Report of the Hyderabad Chloroform Commission
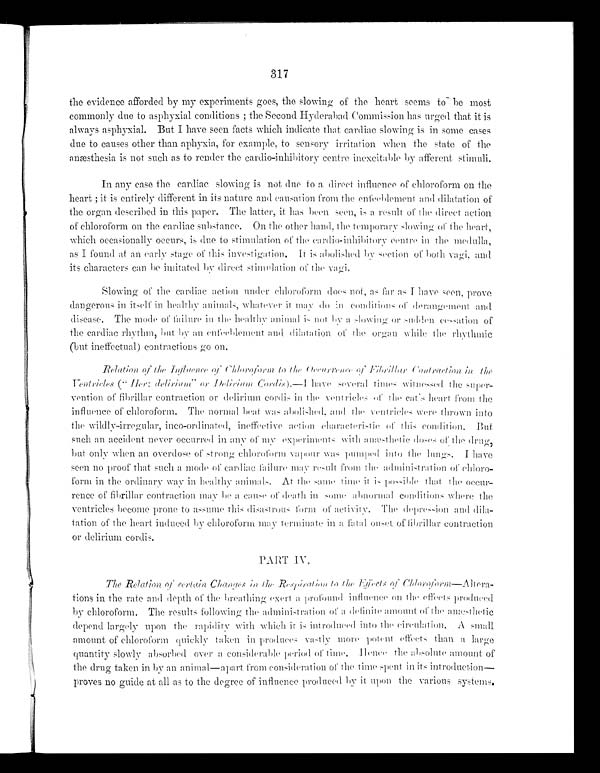
317
the evidence afforded by my experiments goes, the slowing of the heart seems to be most
commonly due to asphyxial conditions; the Second Hyderabad Commission has urged that it is
always asphyxial. But I have seen facts which indicate that cardiac slowing is in some cases
due to causes other than aphyxia, for example, to sensory irritation when the state of the
anæsthesia is not such as to render the cardio-inhibitory centre inexcitable by afferent stimuli.
In any case the cardiac slowing is not due to a direct influence of chloroform on the
heart; it is entirely different in its nature and causation from the enfeeblement and dilatation of
the organ described in this paper. The latter, it has been seen, is a result of the direct action
of chloroform on the cardiac substance. On the other hand, the temporary slowing of the heart,
which occasionally occurs, is due to stimulation of the cardio-inhibitory centre in the medulla,
as I found at an early stage of this investigation. It is abolished by section of both vagi, and
its characters can be imitated by brief stimulation of the vagi.
Slowing of the cardiac action under chloroform does not, as far as I have seen, prove
dangerous in itself in healthy animals, whatever it may do in conditions of derangement and
disease. The mode of failure in the healthy animal is not by a slowing or sudden cessation of
the cardiac rhythm, but by an enfeeblement and dilatation of the organ while the rhythmic
(but ineffectual) contractions go on.
Relation of the Influence of Chloroform to the Occurrence of Fibrillar Contraction in the
Ventricles ("Here delirium" or Delirium Cordis).—I have
several times witnessed the super-
vention of fibrillar contraction or delirium cordis in the ventricles of the cat's heart from the
influence of chloroform. The normal beat was abolished, and the ventricles were thrown into
the wildly-irregular, inco-ordinated, ineffective action characteristie of this condition. But
such an accident never occurred in any of my experiments with anæsthetic dose of the drug,
but only when an overdose of strong chloroform vapour was pumped into the lungs. I have
seen no proof that such a mode of cardiac failure may result from the administration of chloro-
form in the ordinary way in healthy animals. At the same time it is that the occur-
rence of fibrillar contraction may be a cause of death in some abnormal conditions where the
ventricles become prone to assume this disastrous form of activity. The depression and dila-
tation of the heart induced by chloroform may terminate in a fatal onset of fibrillar contraction
or delirium cordis.
PART IV.
The Relation of c e r t a i n C h a n g e s i n t h e R e s p i r a t i o n
t o t h e E f f e c t s o f
C h l o r o f o r m — A l t e r a - t i o n s i n t h e r a t e a n d d e p t h o ft
h e b r e a t h i n g e x e r t a p r o f o u n d i n f l u e n c e o nt
h e
e f f e c t s p r o d u c e d
by chloroform. The results following the administration of a definite amount of the anæsthetic
depend largely upon the rapidity with which it is introduced into the circulation. A small
amount of chloroform quickly taken in produces vastly more potent effects than a large
quantity slowly absorbed over a considerable period of time. Hence the absolute amount of
the drug taken in by an animal—apart from consideration of the time spent in its introduction—
proves no guide at all as to the degree of influence produced by it upon the various systems.